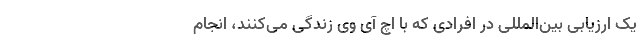
یک ارزیابی بین‌المللی در افرادی که با اچ آی وی زندگی می‌کنند، انجام